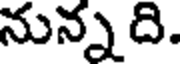
నున్నది.